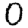
Digit: 0